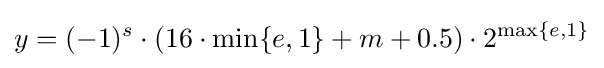
y=(-1)^{s}\cdot (16\cdot \min\{e,1\}+m+0.5)\cdot 2^{\max\{e,1\}}